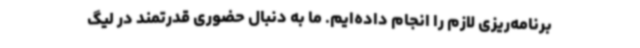
برنامه‌ریزی لازم را انجام داده‌ایم. ما به دنبال حضوری قدرتمند در لیگ